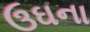
ઉઘના